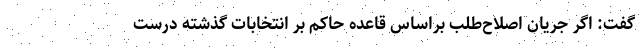
گفت: اگر جریان اصلاح‌طلب براساس قاعده حاکم بر انتخابات گذشته درست